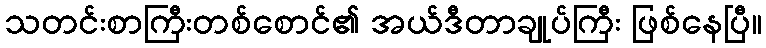
သတင်းစာကြီးတစ်စောင်၏ အယ်ဒီတာချုပ်ကြီး ဖြစ်နေပြီ။